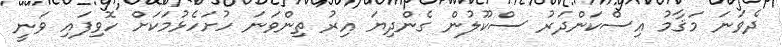
ދެވަނަ މަޤާމު އިސްކަންދަރު ސްކޫލުން ގެންދިޔަ އިރު ތިންވަނަ ހުށަހެޅުމަކަށް ހޮވިފައި ވަނީ